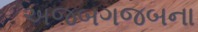
અજબગજબના